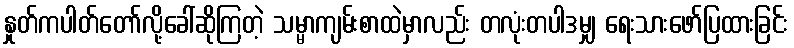
နှုတ်ကပါတ်တော်လို့ခေါ်ဆိုကြတဲ့ သမ္မာကျမ်းစာထဲမှာလည်း တလုံးတပါဒမျှ ရေးသားဖော်ပြထားခြင်း